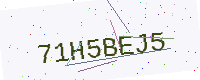
Text: 71H5BEJ5